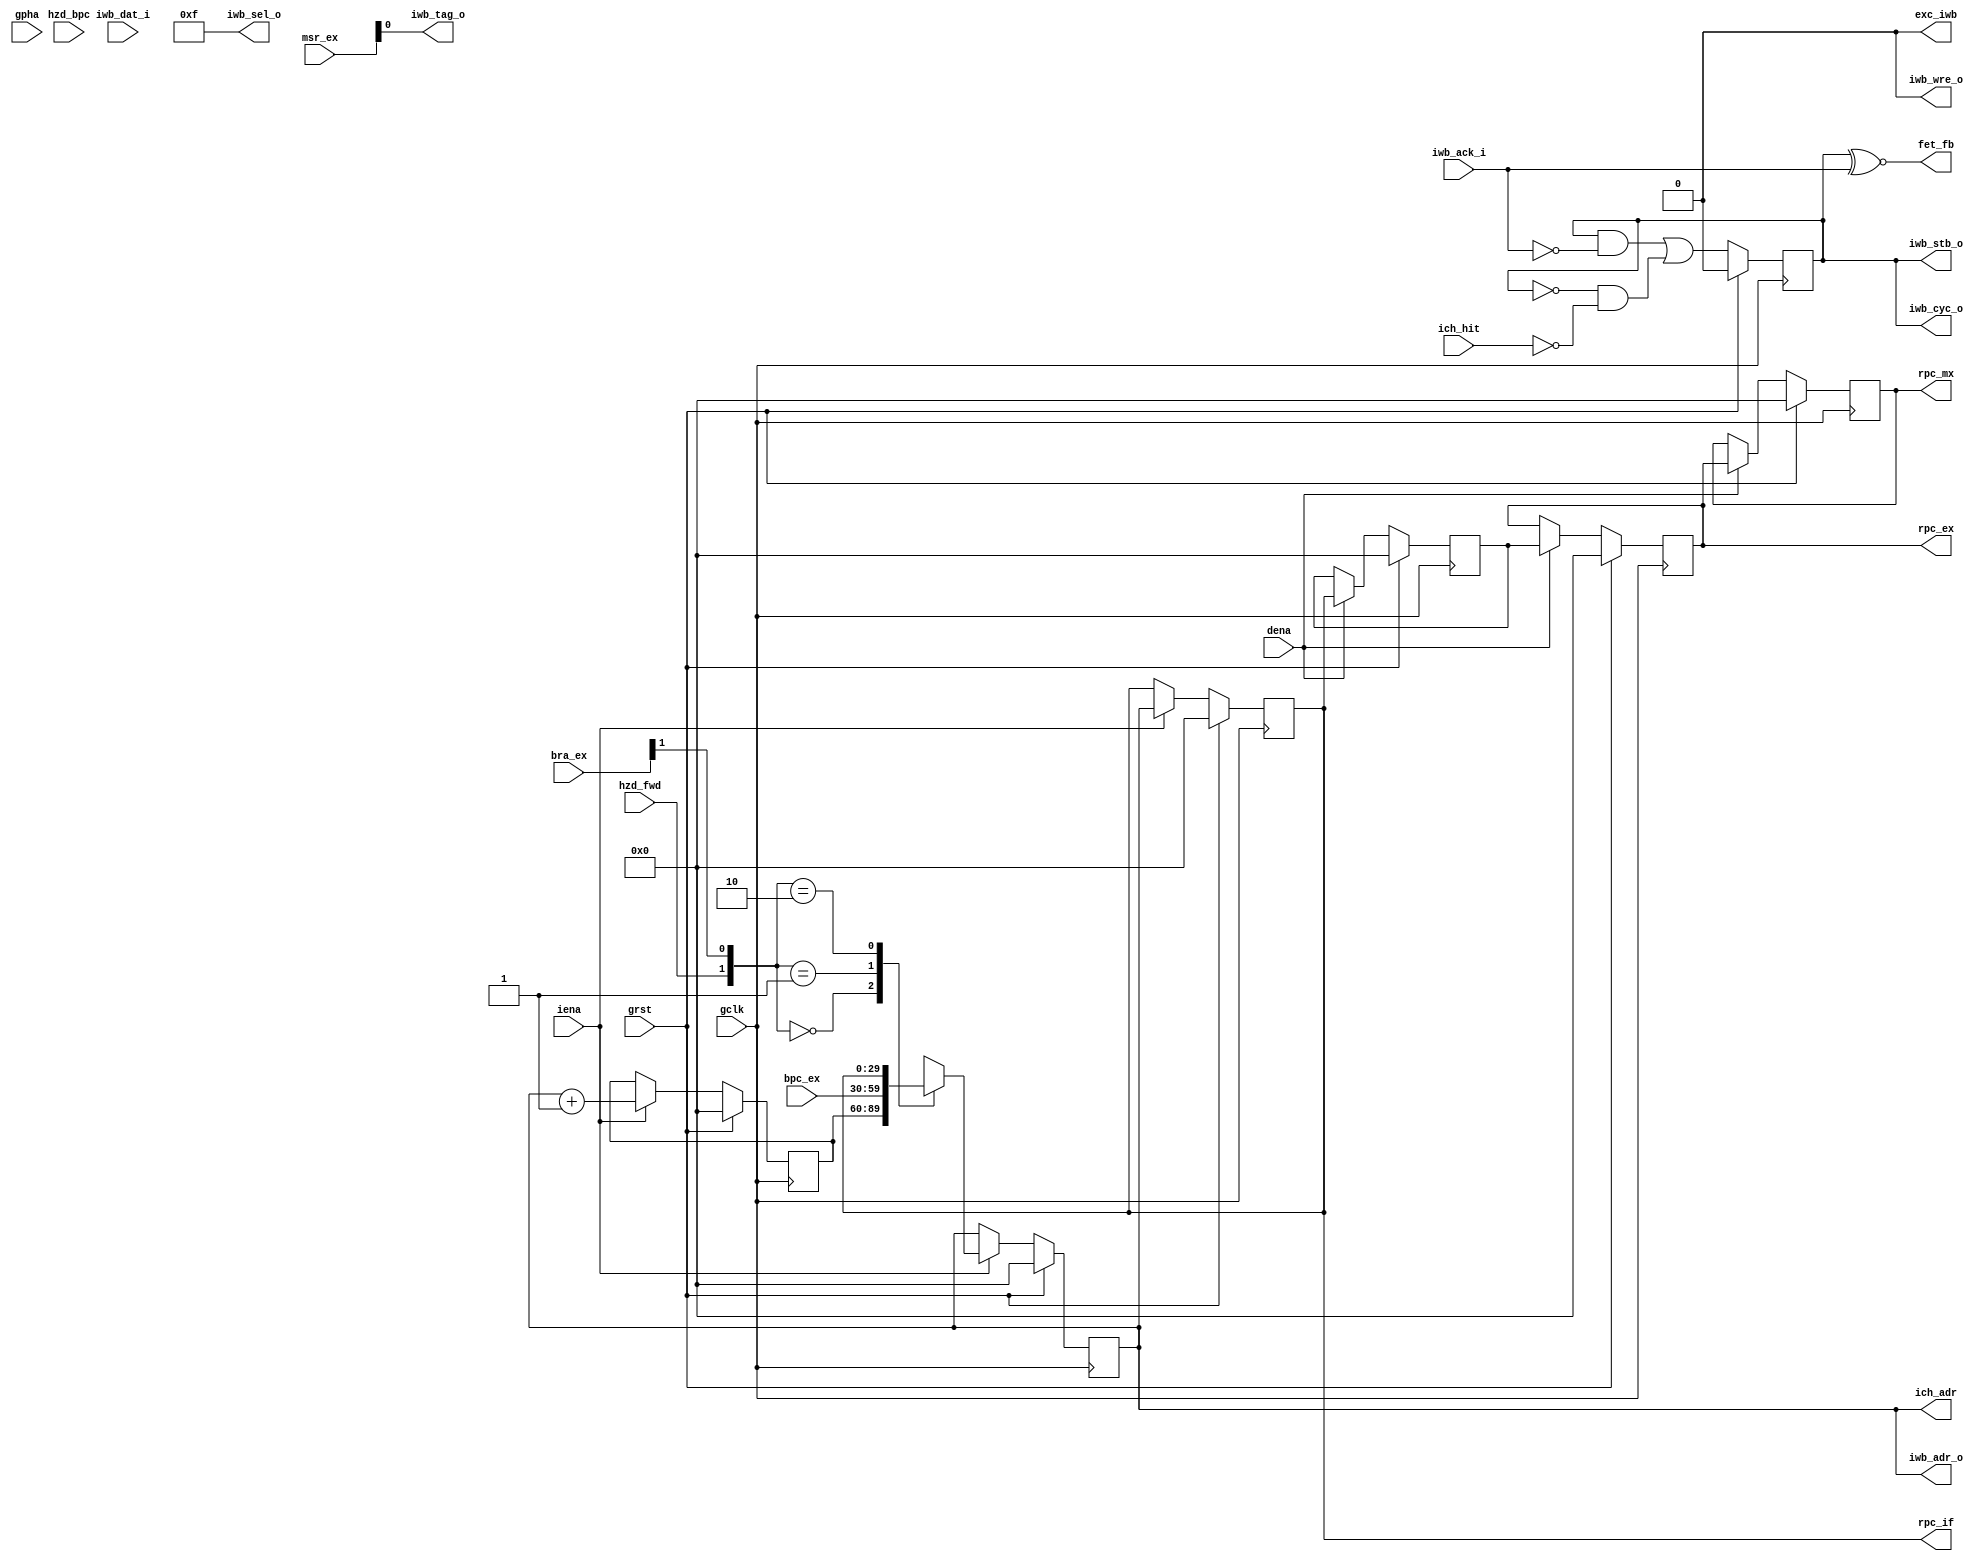
/* $Id: aeMB2_iwbif.v,v 1.5 2008-04-27 19:52:31 sybreon Exp $
**
** AEMB2 EDK 6.2 COMPATIBLE CORE
** Copyright (C) 2004-2008 Shawn Tan <shawn.tan@aeste.net>
**  
** This file is part of AEMB.
**
** AEMB is free software: you can redistribute it and/or modify it
** under the terms of the GNU Lesser General Public License as
** published by the Free Software Foundation, either version 3 of the
** License, or (at your option) any later version.
**
** AEMB is distributed in the hope that it will be useful, but WITHOUT
** ANY WARRANTY; without even the implied warranty of MERCHANTABILITY
** or FITNESS FOR A PARTICULAR PURPOSE.  See the GNU Lesser General
** Public License for more details.
**
** You should have received a copy of the GNU Lesser General Public
** License along with AEMB. If not, see <http:**www.gnu.org/licenses/>.
*/
/**
 * Instruction Wishbone Interface
 * @file aeMB2_iwbif.v
 
  * This handles the instruction fetch portion of the pipeline. It
    alternates the PC and performs bubble/branch insertion. Bus
    transactions are independent of the pipeline.
 
 */
`timescale  1ns/1ps
module aeMB2_iwbif (/*AUTOARG*/
   // Outputs
   iwb_adr_o, iwb_stb_o, iwb_sel_o, iwb_wre_o, iwb_cyc_o, iwb_tag_o,
   ich_adr, fet_fb, rpc_if, rpc_ex, rpc_mx, exc_iwb,
   // Inputs
   iwb_ack_i, iwb_dat_i, ich_hit, msr_ex, hzd_bpc, hzd_fwd, bra_ex,
   bpc_ex, gclk, grst, dena, iena, gpha
   );
   parameter AEMB_IWB = 32;
   parameter AEMB_HTX = 1;
   
   // Wishbone
   output [AEMB_IWB-1:2] iwb_adr_o;
   output 		 iwb_stb_o;
   output [3:0] 	 iwb_sel_o;
   output 		 iwb_wre_o;
   output 		 iwb_cyc_o;
   output 		 iwb_tag_o;   
   input 		 iwb_ack_i;
   input [31:0] 	 iwb_dat_i;
   //input 		 iwb_err_i; // bus error exception
   
   // Cache
   output [AEMB_IWB-1:2] ich_adr;
   input 		 ich_hit;
   
   // Internal
   output 		 fet_fb;   
   
   output [31:2] 	 rpc_if,
			 rpc_ex,
			 rpc_mx;

   input [7:5] 		 msr_ex;   
   input 		 hzd_bpc,
			 hzd_fwd;
   
   input [1:0] 		 bra_ex;   
   input [31:2] 	 bpc_ex;

   output 		 exc_iwb;   
   
   // SYS signals
   input 		 gclk,
			 grst,
			 dena,
			 iena,
			 gpha;      

   /*AUTOWIRE*/   
   /*AUTOREG*/
   // Beginning of automatic regs (for this module's undeclared outputs)
   reg			iwb_stb_o;
   reg [31:2]		rpc_if;
   reg [31:2]		rpc_mx;
   // End of automatics
   reg [31:2] 		rpc_of, 
			rpc_ex;

   // BARREL
   reg [31:2] 		rADR, rADR_;
   wire [31:2] 		wPCINC = (rADR + 1'b1); // incrementer
   wire [31:2] 		wPCNXT = rADR_;
   
   always @(posedge gclk)
     if (grst) begin
	/*AUTORESET*/
	// Beginning of autoreset for uninitialized flops
	rADR <= 30'h0;
	rADR_ <= 30'h0;
	// End of automatics
     end else if (iena) begin
	
	case ({hzd_fwd,bra_ex[1]})
	  2'o0: {rADR} <= #1 {rADR_[AEMB_IWB-1:2]}; // normal increment
	  2'o1: {rADR} <= #1 {bpc_ex[AEMB_IWB-1:2]}; // brach/return/break
	  2'o2: {rADR} <= #1 {rpc_if[AEMB_IWB-1:2]}; // bubble/hazard
	  default: {rADR} <= #1 30'hX;	  
	  //2'o3: rADR <= #1 rpc_if[AEMB_IWB-1:2]; // bubble/hazard
	  //2'o3: rADR <= #1 bpc_ex[AEMB_IWB-1:2]; // brach/return/break
	endcase // case ({hzd_fwd,bra_ex[1]})

	rADR_ <= #1 wPCINC;	
	
     end // if (iena)

   assign 		ich_adr = rADR;
   
   always @(posedge gclk)
     if (grst) begin
	/*AUTORESET*/
	// Beginning of autoreset for uninitialized flops
	rpc_ex <= 30'h0;
	rpc_if <= 30'h0;
	rpc_mx <= 30'h0;
	rpc_of <= 30'h0;
	// End of automatics
     end else begin
	if (dena) begin
	   {rpc_mx, // PC PIPELINE
	    rpc_ex, 
	    rpc_of} <= #1 {rpc_ex, 
			   rpc_of, 
			   rpc_if};		    
	end
	if (iena) begin
	   rpc_if <= #1 rADR;	   
	end
     end // else: !if(grst)
   
   // WISHBONE SIGNALS
   always @(posedge gclk)
     if (grst) begin
	/*AUTORESET*/
	// Beginning of autoreset for uninitialized flops
	iwb_stb_o <= 1'h0;
	// End of automatics
     end else begin
	iwb_stb_o <= #1 (iwb_stb_o & !iwb_ack_i) | (!iwb_stb_o & !ich_hit);
     end

   assign 		iwb_adr_o = rADR;
   assign 		iwb_wre_o = 1'b0;
   assign 		iwb_sel_o = 4'hF;   
   assign 		iwb_cyc_o = iwb_stb_o;
   assign 		iwb_tag_o = msr_ex[5];   
   
   assign 		fet_fb = iwb_stb_o ~^ iwb_ack_i; // no WB cycle      

   // TODO: enable iwb_err_i exception pass-thru
   assign               exc_iwb = 1'b0;
   
endmodule // aeMB2_iwbif